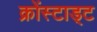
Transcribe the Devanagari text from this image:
क्रोंस्टाड्ट